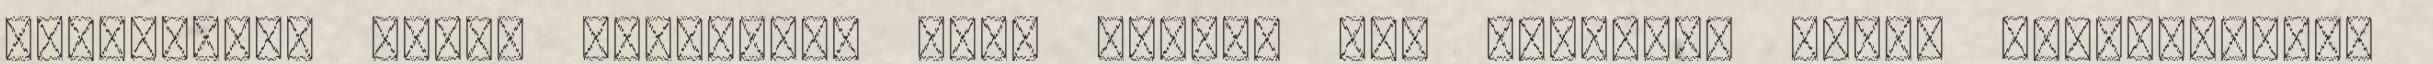
áttekintés Dánia lakossága 5,75 millió fő, területe pedig Magyarország